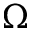
\Omega